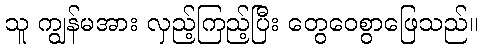
သူ ကျွန်မအား လှည့်ကြည့်ပြီး တွေဝေစွာဖြေသည်။